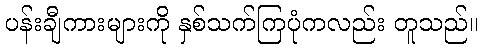
ပန်းချီကားများကို နှစ်သက်ကြပုံကလည်း တူသည်။